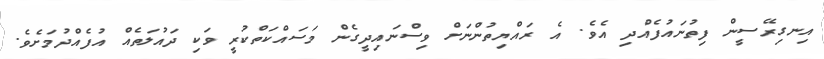
އިނގިރޭސީން ފިތުނައުފެއްދި އެވެ. އެ ރައްޔިތުންނަށް ވިސްނައިދީގެން މަސައްކަތްކުރީ ވަކި ދައުލަތެއް އުފެއްދުމަށެވެ.